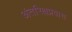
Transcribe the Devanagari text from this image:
अंतरिक्षप्रवास